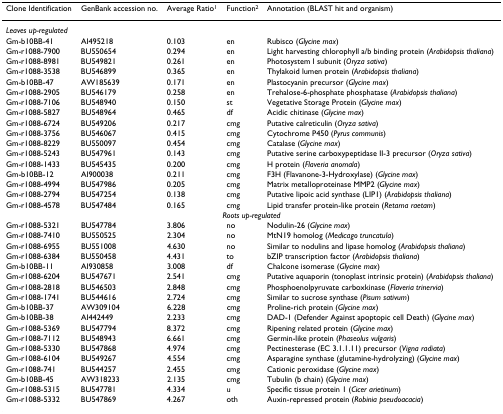
<table><thead><tr><td><b>Clone Identification</b></td><td><b>GenBank accession no.</b></td><td><b>Average Ratio<sup>1</sup></b></td><td><b>Function<sup>2</sup></b></td><td><b>Annotation (BLAST hit and organism)</b></td></tr></thead><tbody><tr><td colspan="5"><i>Leaves up-regulated</i></td></tr><tr><td>Gm-b10BB-41</td><td>AI495218</td><td>0.103</td><td>en</td><td>Rubisco (<i>Glycine max</i>)</td></tr><tr><td>Gm-r1088-7900</td><td>BU550654</td><td>0.294</td><td>en</td><td>Light harvesting chlorophyll a/b binding protein (<i>Arabidopsis thaliana</i>)</td></tr><tr><td>Gm-r1088-8981</td><td>BU549821</td><td>0.261</td><td>en</td><td>Photosystem I subunit (<i>Oryza sativa</i>)</td></tr><tr><td>Gm-r1088-3538</td><td>BU546899</td><td>0.365</td><td>en</td><td>Thylakoid lumen protein (<i>Arabidopsis thaliana</i>)</td></tr><tr><td>Gm-b10BB-47</td><td>AW185639</td><td>0.171</td><td>en</td><td>Plastocyanin precursor (<i>Glycine max</i>)</td></tr><tr><td>Gm-r1088-2905</td><td>BU546179</td><td>0.258</td><td>en</td><td>Trehalose-6-phosphate phosphatase (<i>Arabidopsis thaliana</i>)</td></tr><tr><td>Gm-r1088-7106</td><td>BU548940</td><td>0.150</td><td>st</td><td>Vegetative Storage Protein (<i>Glycine max</i>)</td></tr><tr><td>Gm-r1088-5827</td><td>BU548964</td><td>0.465</td><td>df</td><td>Acidic chitinase (<i>Glycine max</i>)</td></tr><tr><td>Gm-r1088-6724</td><td>BU549206</td><td>0.217</td><td>cmg</td><td>Putative calreticulin (<i>Oryza sativa</i>)</td></tr><tr><td>Gm-r1088-3756</td><td>BU546067</td><td>0.415</td><td>cmg</td><td>Cytochrome P450 (<i>Pyrus communis</i>)</td></tr><tr><td>Gm-r1088-8229</td><td>BU550097</td><td>0.454</td><td>cmg</td><td>Catalase (<i>Glycine max</i>)</td></tr><tr><td>Gm-r1088-5243</td><td>BU547961</td><td>0.143</td><td>cmg</td><td>Putative serine carboxypeptidase II-3 precursor (<i>Oryza sativa</i>)</td></tr><tr><td>Gm-r1088-1433</td><td>BU545435</td><td>0.200</td><td>cmg</td><td>H protein (<i>Flaveria anomala</i>)</td></tr><tr><td>Gm-b10BB-12</td><td>AI900038</td><td>0.211</td><td>cmg</td><td>F3H (Flavanone-3-Hydroxylase) (<i>Glycine max</i>)</td></tr><tr><td>Gm-r1088-4994</td><td>BU547986</td><td>0.205</td><td>cmg</td><td>Matrix metalloproteinase MMP2 (<i>Glycine max</i>)</td></tr><tr><td>Gm-r1088-2794</td><td>BU547254</td><td>0.138</td><td>cmg</td><td>Putative lipoic acid synthase (LIP1) (<i>Arabidopsis thaliana</i>)</td></tr><tr><td>Gm-r1088-4578</td><td>BU547484</td><td>0.165</td><td>cmg</td><td>Lipid transfer protein-like protein (<i>Retama raetam</i>)</td></tr><tr><td colspan="5"><i>Roots up-regulated</i></td></tr><tr><td>Gm-r1088-5321</td><td>BU547784</td><td>3.806</td><td>no</td><td>Nodulin-26 (<i>Glycine max</i>)</td></tr><tr><td>Gm-r1088-7410</td><td>BU550525</td><td>2.304</td><td>no</td><td>MtN19 homolog (<i>Medicago truncatula</i>)</td></tr><tr><td>Gm-r1088-6955</td><td>BU551008</td><td>4.630</td><td>no</td><td>Similar to nodulins and lipase homolog (<i>Arabidopsis thaliana</i>)</td></tr><tr><td>Gm-r1088-6384</td><td>BU550458</td><td>4.431</td><td>to</td><td>bZIP transcription factor (<i>Arabidopsis thaliana</i>)</td></tr><tr><td>Gm-b10BB-11</td><td>AI930858</td><td>3.008</td><td>df</td><td>Chalcone isomerase (<i>Glycine max</i>)</td></tr><tr><td>Gm-r1088-6204</td><td>BU547671</td><td>2.541</td><td>cmg</td><td>Putative aquaporin (tonoplast intrinsic protein) (<i>Arabidopsis thaliana</i>)</td></tr><tr><td>Gm-r1088-2818</td><td>BU546503</td><td>2.848</td><td>cmg</td><td>Phosphoenolpyruvate carboxkinase (<i>Flaveria trinervia</i>)</td></tr><tr><td>Gm-r1088-1741</td><td>BU544616</td><td>2.724</td><td>cmg</td><td>Similar to sucrose synthase (<i>Pisum sativum</i>)</td></tr><tr><td>Gm-b10BB-37</td><td>AW309104</td><td>6.228</td><td>cmg</td><td>Proline-rich protein (<i>Glycine max</i>)</td></tr><tr><td>Gm-b10BB-38</td><td>AI442449</td><td>2.233</td><td>cmg</td><td>DAD-1 (Defender Against apoptopic cell Death) (<i>Glycine max</i>)</td></tr><tr><td>Gm-r1088-5369</td><td>BU547794</td><td>8.372</td><td>cmg</td><td>Ripening related protein (<i>Glycine max</i>)</td></tr><tr><td>Gm-r1088-7112</td><td>BU548943</td><td>6.661</td><td>cmg</td><td>Germin-like protein (<i>Phaseolus vulgaris</i>)</td></tr><tr><td>Gm-r1088-5330</td><td>BU547868</td><td>4.974</td><td>cmg</td><td>Pectinesterase (EC 3.1.1.11) precursor (<i>Vigna radiata</i>)</td></tr><tr><td>Gm-r1088-6104</td><td>BU549267</td><td>4.554</td><td>cmg</td><td>Asparagine synthase (glutamine-hydrolyzing) (<i>Glycine max</i>)</td></tr><tr><td>Gm-r1088-741</td><td>BU544257</td><td>2.455</td><td>cmg</td><td>Cationic peroxidase (<i>Glycine max</i>)</td></tr><tr><td>Gm-b10BB-45</td><td>AW318233</td><td>2.135</td><td>cmg</td><td>Tubulin (b chain) (<i>Glycine max</i>)</td></tr><tr><td>Gm-r1088-5315</td><td>BU547781</td><td>4.334</td><td>u</td><td>Specific tissue protein 1 (<i>Cicer arietinum</i>)</td></tr><tr><td>Gm-r1088-5332</td><td>BU547869</td><td>4.267</td><td>oth</td><td>Auxin-repressed protein (<i>Robinia pseudoacacia</i>)</td></tr></tbody></table>